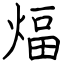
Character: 煏